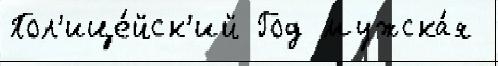
Пол'ице́йск'ий Год мужска́я